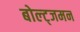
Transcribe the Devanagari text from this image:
बोल्ट्जमन